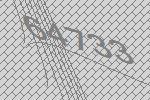
64733